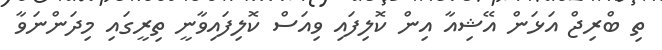
ތި ބްރިޖް އަޅަން އޭޝިއާ އިން ކޮލިފައި ވިއަސް ކޮލިފައިވާނީ ތިރީގައި މިދަންނަވާ